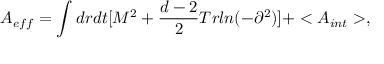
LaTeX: A _ { e f f } = \int d r d t [ M ^ { 2 } + \frac { d - 2 } { 2 } T r l n ( - \partial ^ { 2 } ) ] + < A _ { i n t } > ,